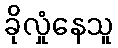
ခိုလှုံနေသူ